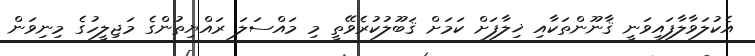
އެކުލަވާލާފައިވަނީ ޤާނޫންތަކާއި ޚިލާފަށް ކަމަށް ޤަބޫލުކުރެވޭތީ މި މައްސަލަ ރައްޔިތުންގެ މަޖިލީހުގެ މިނިވަން